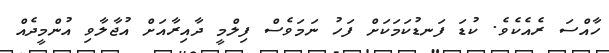
ހާއްސަ ރެއެކެވެ. ކުޑަ ފަނޑުކަމަކަށް ފަހު ނަމަވެސް ފިލްމީ ދާއިރާއަށް އުޖާލާވި އުންމީދެއް